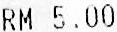
RM 5.00